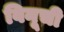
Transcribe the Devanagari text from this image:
विनूची